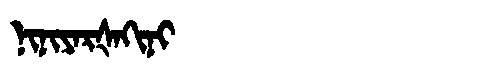
Manchu: ᠨᡳᠨᡳᠶᠠᡵᡧᠠᡴᡳᠨᡳ
Romanization: NINIYARŠAKINI